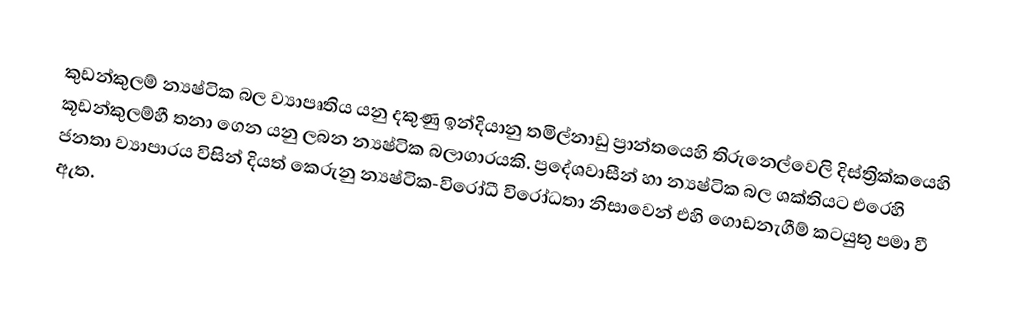
කුඩන්කුලම් න්‍යෂ්ටික බල ව්‍යාපෘතිය යනු දකුණු ඉන්දියානු තමිල්නාඩු ප්‍රාන්තයෙහි තිරුනෙල්වෙලි දිස්ත්‍රික්කයෙහි කූඩන්කුලම්හී තනා ගෙන යනු ලබන න්‍යෂ්ටික බලාගාරයකි.  ප්‍රදේශවාසීන් හා   න්‍යෂ්ටික බල ශක්තියට එරෙහි ජනතා ව්‍යාපාරය විසින් දියත් කෙරුනු න්‍යෂ්ටික-විරෝධී විරෝධතා නිසාවෙන් එහි ගොඩනැගීම් කටයුතු පමා වී ඇත.